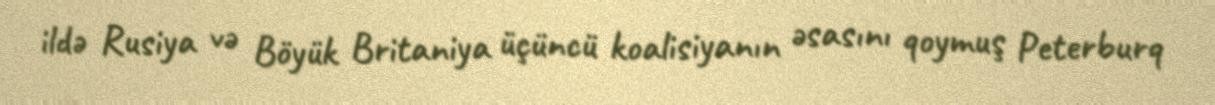
ildə Rusiya və Böyük Britaniya üçüncü koalisiyanın əsasını qoymuş Peterburq